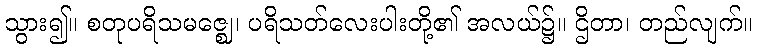
သွား၍။ စတုပရိသမဇ္ဈေ၊ ပရိသတ်လေးပါးတို့၏ အလယ်၌။ ဌိတာ၊ တည်လျက်။